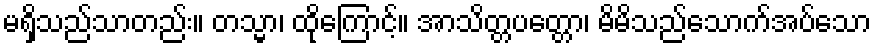
မရှိသည်သာတည်း။ တသ္မာ၊ ထိုကြောင့်။ အာသိတ္တပတ္တော၊ မိမိသည်သောက်အပ်သော